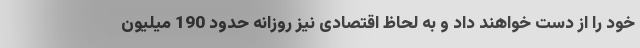
خود را از دست خواهند داد و به لحاظ اقتصادی نیز روزانه حدود 190 میلیون